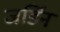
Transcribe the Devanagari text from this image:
जर्डिन